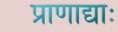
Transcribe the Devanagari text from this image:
प्राणाद्याः